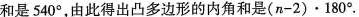
和是540°，由此得出凸多边形的内角和是$$( n - 2 ) \cdot 1 8 0 °$$.